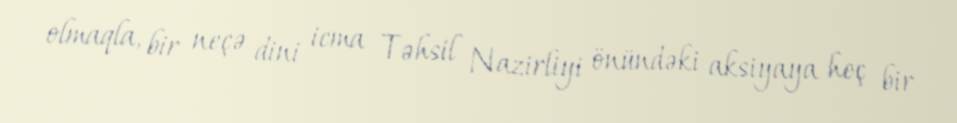
olmaqla, bir neçə dini icma Təhsil Nazirliyi önündəki aksiyaya heç bir